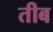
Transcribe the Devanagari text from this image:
तीब